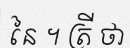
នៃ ។ ត្រី ថា